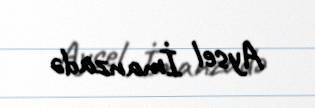
Aysel İmanzadə